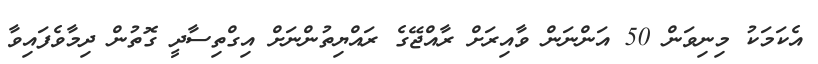
އެކަމަކު މިނިވަން 50 އަންނަން ވާއިރަށް ރާއްޖޭގެ ރައްޔިތުންނަށް އިގްތިސާދީ ގޮތުން ދިމާވެފައިވާ